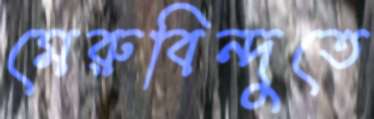
মেরুবিন্দুতে